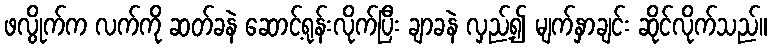
ဖလွိုက်က လက်ကို ဆတ်ခနဲ ဆောင့်ရုန်းလိုက်ပြီး ချာခနဲ လှည့်၍ မျက်နှာချင်း ဆိုင်လိုက်သည်။